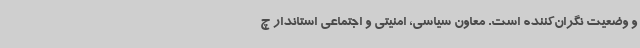
و وضعیت نگران‌کننده است. معاون سیاسی، امنیتی و اجتماعی استاندار چ